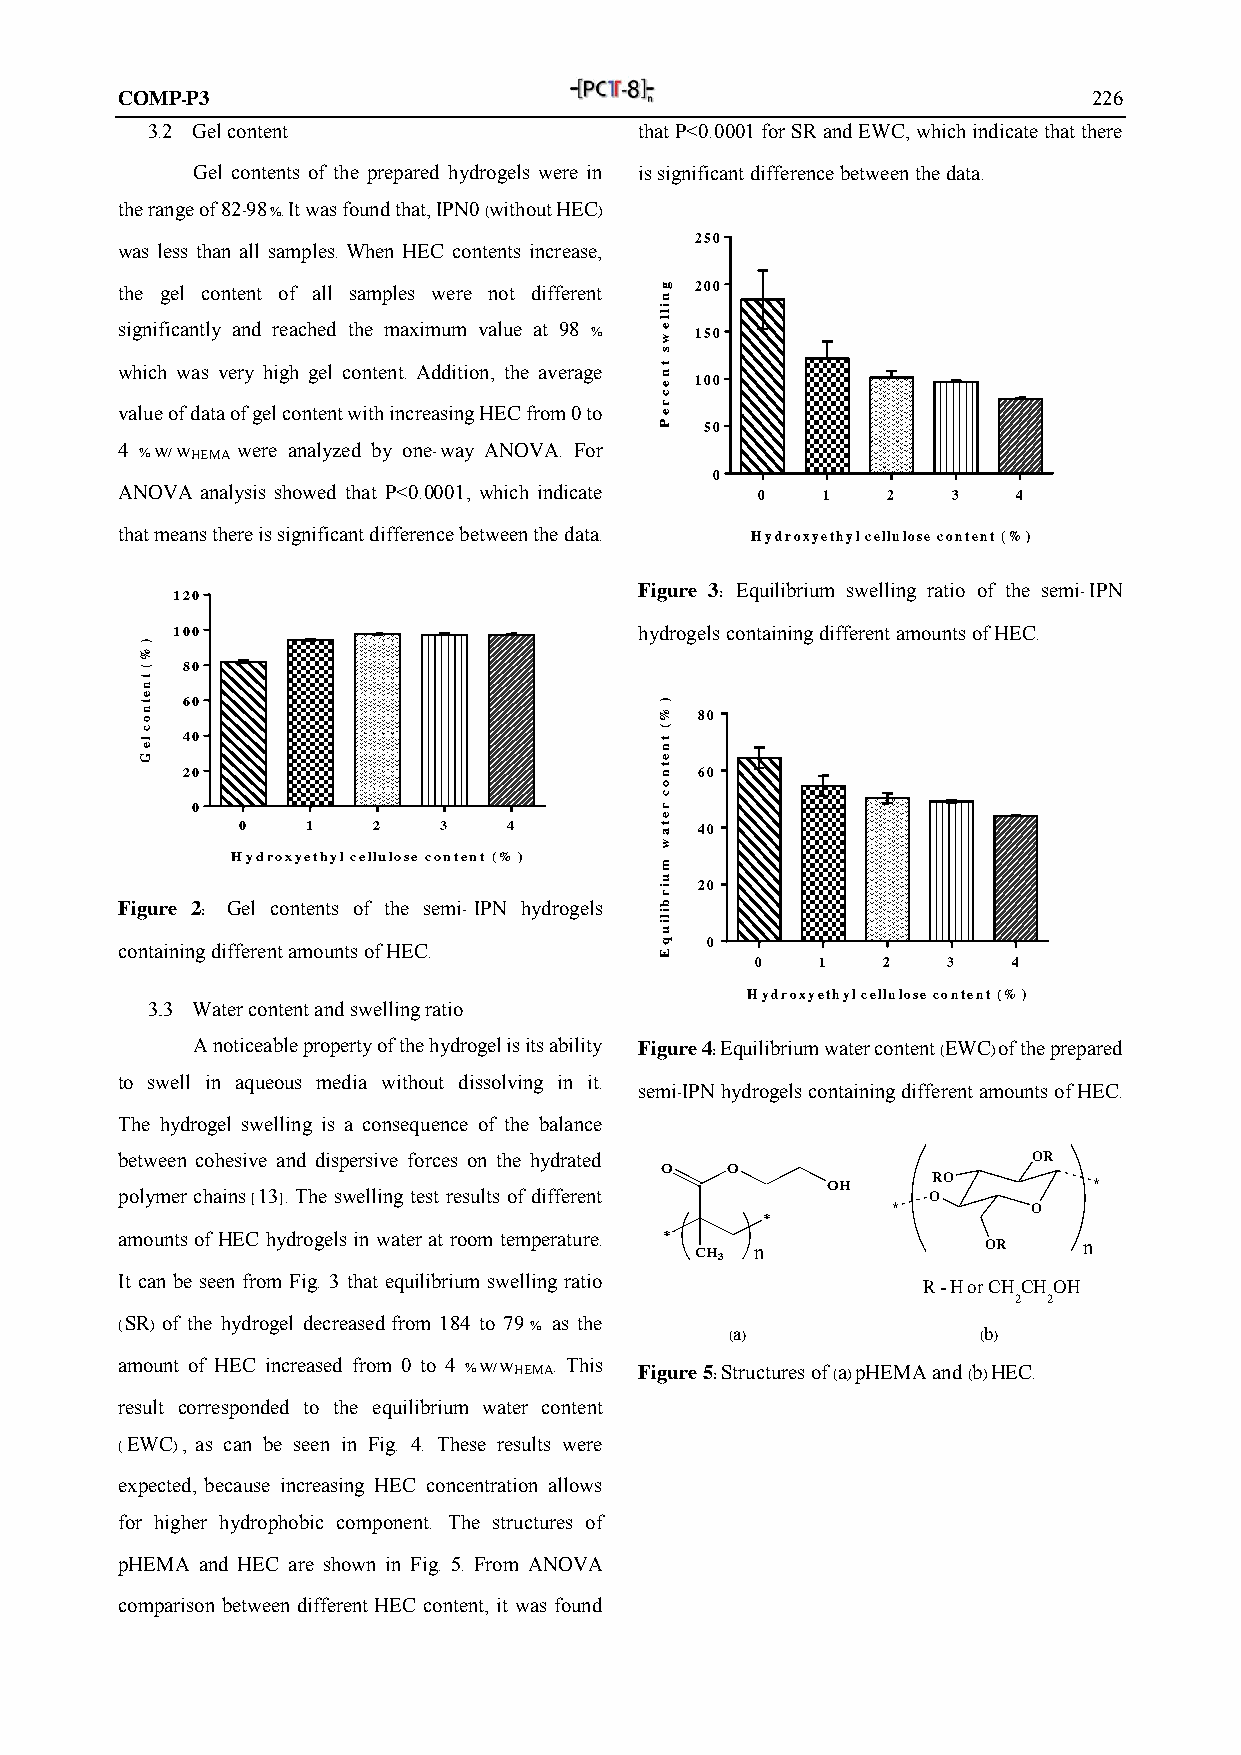
COMP-P3                                                         226
 3.2 Gel content                 that P<0.0001 for SR and EWC, which indicate that there
 Gel contents of the prepared hydrogels were in is significant difference between the data.
 the range of 82-98 %. It was found that, IPN0 (without HEC)
 250
 was less than all samples. When HEC contents increase,
 the gel content of all samples were not different 200
 significantly and reached the maximum value at 98 % 150
 which was very high gel content. Addition, the average
 100
 value of data of gel content with increasing HEC from 0 to
 50
 4 %w/w  were analyzed by one-way ANOVA. For
 HEMA
 0
 ANOVA analysis showed that P<0.0001, which indicate 0 1 2 3 4
 that means there is significant difference between the data. Hydroxyethyl cellulose content (%)
 Figure 3: Equilibrium swelling ratio of the semi-IPN
 120
 100                            hydrogels containing different amounts of HEC.
 80
 60
 80
 40
 20                                60
 0
 0   1    2   3    4           40
 Hydroxyethyl cellulose content (%)
 20
 Figure 2: Gel contents of the semi- IPN hydrogels
 containing different amounts of HEC.   0
 0   1   2    3   4
 Hydroxyethyl cellulose content (%)
 3.3 Water content and swelling ratio
 A noticeable property of the hydrogel is its ability Figure 4: Equilibrium water content (EWC) of the prepared
 to swell in aqueous media without dissolving in it.
 semi-IPN hydrogels containing different amounts of HEC.
 The hydrogel swelling is a consequence of the balance
 OR
 between cohesive and dispersive forces on the hydrated
 O   O             RO        *
 polymer chains [13]. The swelling test results of different OH O
 *        O
 *
 amounts of HEC hydrogels in water at room temperature. * CH3 n OR n
 It can be seen from Fig. 3 that equilibrium swelling ratio
 R = H or CHCHOH
 2 2
 (SR) of the hydrogel decreased from 184 to 79 % as the
 (a)              (b)
 amount of HEC increased from 0 to 4 %w/w . This
 HEMA    Figure 5: Structures of (a) pHEMA and (b) HEC.
 result corresponded to the equilibrium water content
 (EWC), as can be seen in Fig. 4. These results were
 expected, because increasing HEC concentration allows
 for higher hydrophobic component. The structures of
 pHEMA and HEC are shown in Fig. 5. From ANOVA
 comparison between different HEC content, it was found
 )%(
 tnetnoc
 leG
 gnillews
 tnecreP
 )%(
 tnetnoc
 retaw
 muirbiliuqE